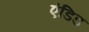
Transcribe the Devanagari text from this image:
एंडिड